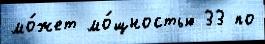
мо́жет мо́щностью 33 по